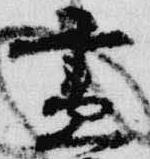
尽